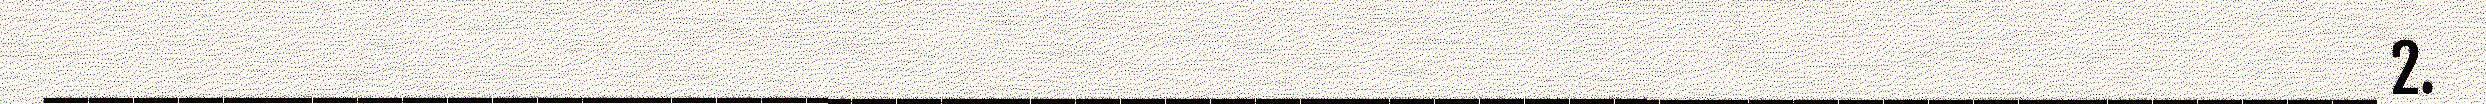
____________________________________________________ 2.